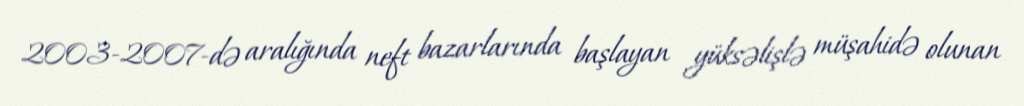
2003-2007-də aralığında neft bazarlarında başlayan yüksəlişlə müşahidə olunan